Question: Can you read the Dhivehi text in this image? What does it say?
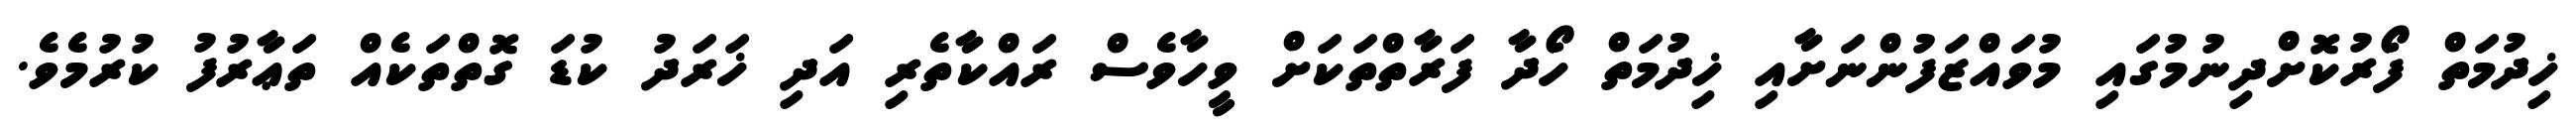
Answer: ޚިދުމަތް ފޯރުކޮށްދިނުމުގައި މުވައްޒަފުންނަށާއި ޚިދުމަތް ހޯދާ ފަރާތްތަކަށް ވީހާވެސް ރައްކާތެރި އަދި ޚަރަދު ކުޑަ ގޮތްތަކެއް ތަޢާރުފު ކުރުމެވެ.